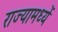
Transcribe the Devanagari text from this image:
राज्यामध्यें